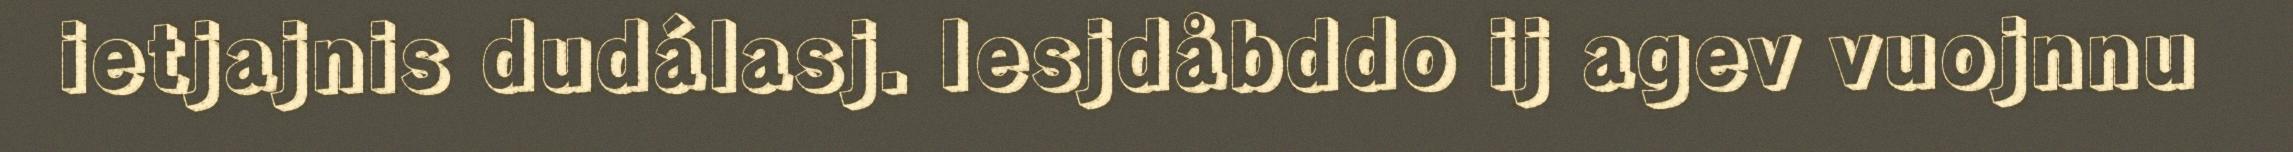
ietjajnis dudálasj. Iesjdåbddo ij agev vuojnnu